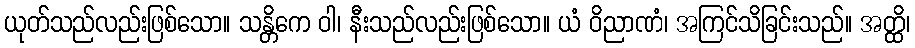
ယုတ်သည်လည်းဖြစ်သော။ သန္တိကေ ဝါ၊ နီးသည်လည်းဖြစ်သော။ ယံ ဝိညာဏံ၊ အကြင်သိခြင်းသည်။ အတ္ထိ၊